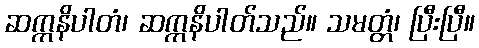
ဆက္ကနိပါတံ၊ ဆက္ကနိပါတ်သည်။ သမတ္တံ၊ ပြီးပြီ။